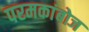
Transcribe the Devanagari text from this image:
परमकांबोज